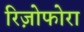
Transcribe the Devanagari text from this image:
रिज़ोफोरा